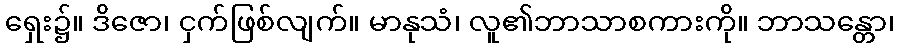
ရှေး၌။ ဒိဇော၊ ငှက်ဖြစ်လျက်။ မာနုသံ၊ လူ၏ဘာသာစကားကို။ ဘာသန္တော၊